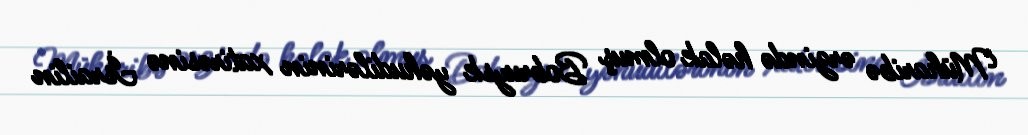
Müharibə ərzində həlak olmuş Bobruysk yəhudilərinin xatirəsinə İsrailin